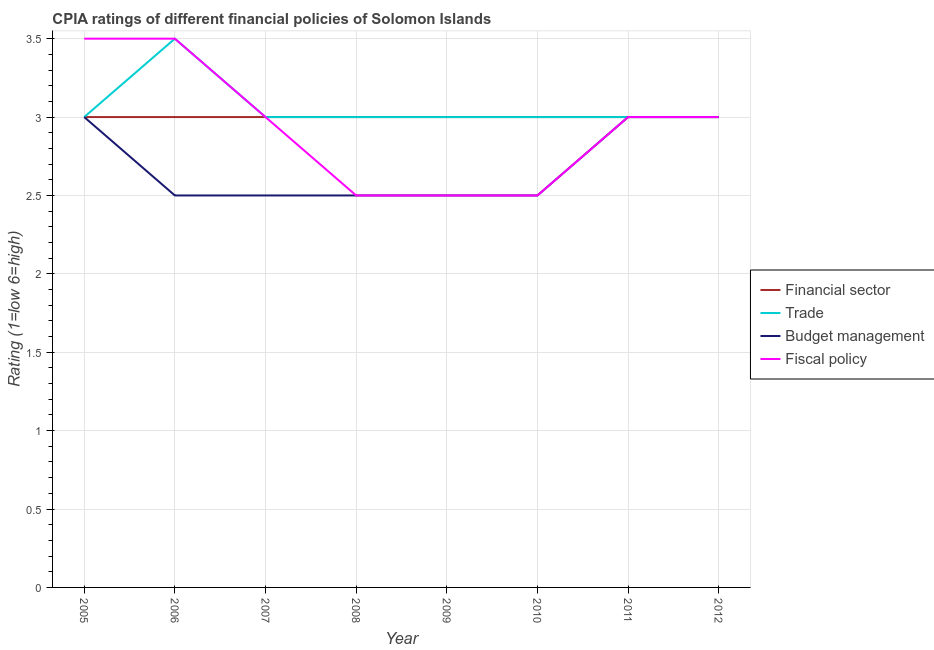
| Year | Financial sector | Trade | Budget management | Fiscal policy |
 | --- | --- | --- | --- | --- |
 | 2005 | 3 | 3 | 3 | 3.5 |
 | 2006 | 3 | 3.5 | 2.5 | 3.5 |
 | 2007 | 3 | 3 | 2.5 | 3 |
 | 2008 | 3 | 3 | 2.5 | 2.5 |
 | 2009 | 3 | 3 | 2.5 | 2.5 |
 | 2010 | 3 | 3 | 2.5 | 2.5 |
 | 2011 | 3 | 3 | 3 | 3 |
 | 2012 | 3 | 3 | 3 | 3 |